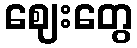
ဈေးတွေ